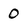
Character: 0